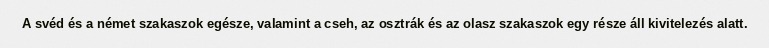
A svéd és a német szakaszok egésze, valamint a cseh, az osztrák és az olasz szakaszok egy része áll kivitelezés alatt.